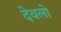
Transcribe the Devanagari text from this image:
देवलो